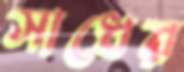
সাধের